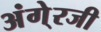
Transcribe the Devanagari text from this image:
अंगे्रजी